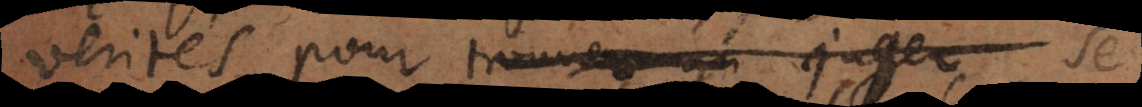
verités pour trouver en juger se